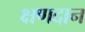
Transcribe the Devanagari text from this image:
क्षणदान